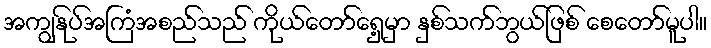
အကျွနု်ပ်အကြံအစည်သည် ကိုယ်တော်ရှေ့မှာ နှစ်သက်ဘွယ်ဖြစ် စေတော်မူပါ။